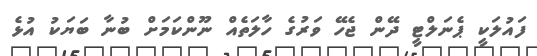
ފައުލަކީ ޕެނަލްޓީ ދޭން ޖެހޭ ވަރުގެ ހާލަތެއް ނޫންކަމަށް ބުނާ ބަޔަކު އުޅެ